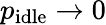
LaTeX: p_{\mathrm{idle}}\to 0